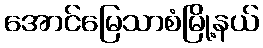
အောင်မြေသာစံမြို့နယ်